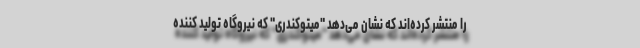
را منتشر کرده‌اند که نشان می‌دهد "میتوکندری" که نیروگاه تولید کننده